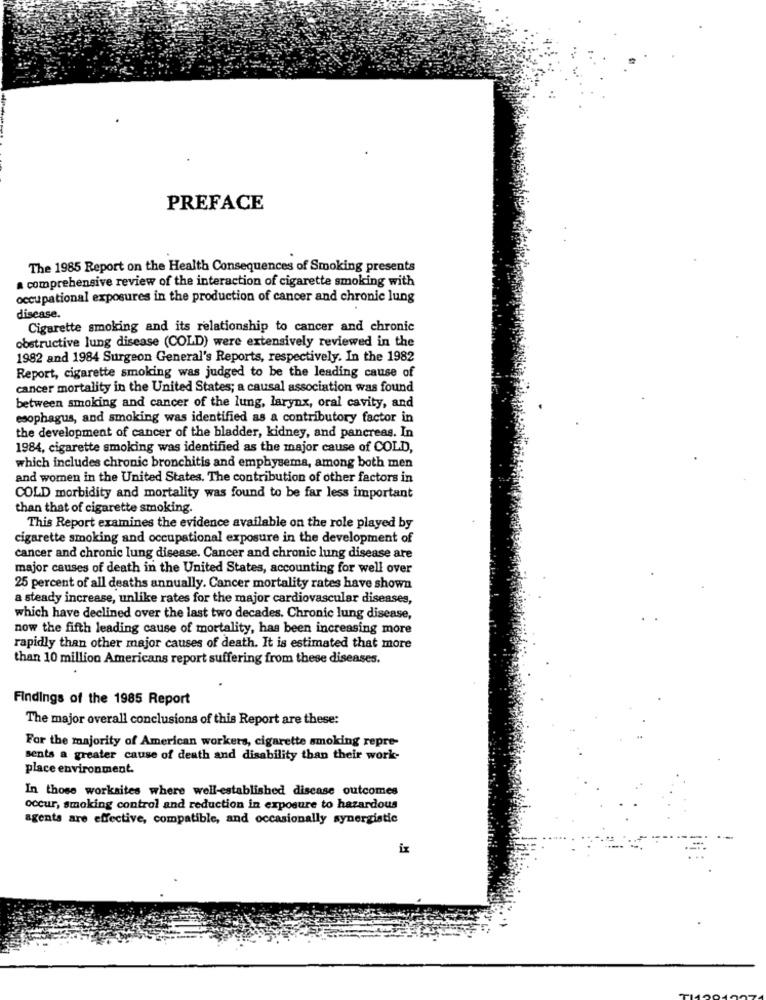
PREFACE
The 1985 Report on the Health Consequences of Smoking presents
comprehensive review of the interaction of cigarette smoking with
occupational exposures in the production of cancer and chronic lung
disease.
Cigarette smoking and its relationship to cancer and chronic
obstructive lung disease (COLD) were extensively reviewed in the
1982 and 1984 Surgeon General's Reports, respectively. In the 1982
Report, cigarette smoking was judged to be the leading cause of
cancer mortality in the United States; a causal association was found
between smoking and cancer of the lung, larynx, oral cavity, and
esophagus, and smoking was identified as a contributory factor in
the development of cancer of the bladder, kidney, and pancreas. In
1984, cigarette smoking was identified as the major cause of COLD,
which includes chronic bronchitis and emphysema, among both men
and women in the United States. The contribution of other factors in
COLD morbidity and mortality was found to be far less important
than that of cigarette smoking.
This Report examines the evidence available on the role played by
cigarette smoking and occupational exposure in the development of
cancer and chronic lung disease. Cancer and chronic lung disease are
major causes of death in the United States, accounting for well over
25 percent of all deaths annually. Cancer mortality rates have shown
a steady increase, unlike rates for the major cardiovascular diseases,
which have declined over the last two decades. Chronic lung disease,
now the fifth leading cause of mortality, has been increasing more
rapidly than other major causes of death. It is estimated that more
than 10 million Americans report suffering from these diseases.
Findings of the 1985 Report
The major overall conclusions of this Report are these:
For the majority of American workers, cigarette smoking repre-
sents a greater cause of death and disability than their work-
place environment.
In those worksites where well-established disease outcomes
occur, smoking control and reduction in exposure to hazardous
agents are effective, compatible, and occasionally synergistic
ix